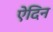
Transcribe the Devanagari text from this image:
ऐदिन